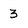
Character: 3